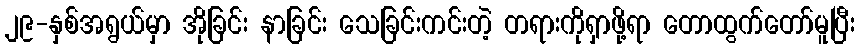
၂၉-နှစ်အရွယ်မှာ အိုခြင်း နာခြင်း သေခြင်းကင်းတဲ့ တရားကိုရှာဖို့ရာ တောထွက်တော်မူပြီး